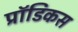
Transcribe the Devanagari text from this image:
प्रॉडिकस